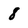
Character: 8